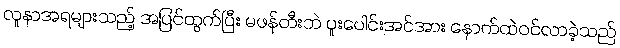
လူနာအရများသည့် အပြင်ထွက်ပြီး မဖန်တီးဘဲ ပူးပေါင်းအင်အား နောက်ထဲဝင်လာခဲ့သည်